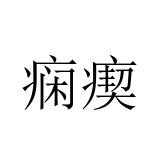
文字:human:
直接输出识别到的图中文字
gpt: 痫瘈